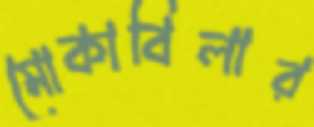
মোকাবিলার